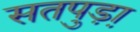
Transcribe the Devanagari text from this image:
सतपुड़ा़